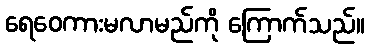
ရေဝေကားမလာမည်ကို ကြောက်သည်။